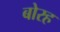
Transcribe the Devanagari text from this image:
बोरह